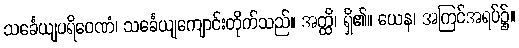
သင်္ခေယျပရိဝေဏံ၊ သင်္ခေယျကျောင်းတိုက်သည်။ အတ္ထိ၊ ရှိ၏။ ယေန၊ အကြင်အရပ်၌။